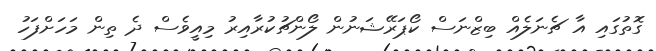
ގޮތުގައި އާ ޗެނަލެއް ބިޒްނަސް ކޯޕަރޭޝަނުން ލޯންޗުކުރާއިރު މިއީވެސް ދެ ތިން މަހަށްފަހު